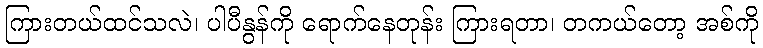
ကြားတယ်ထင်သလဲ၊ ပါပီနွန်ကို ရောက်နေတုန်း ကြားရတာ၊ တကယ်တော့ အစ်ကို